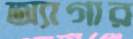
অ্যাগার